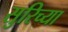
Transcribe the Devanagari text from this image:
सुरिच्या